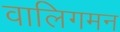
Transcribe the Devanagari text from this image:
वालिगमन